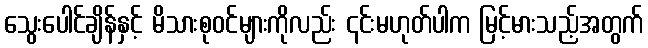
သွေးပေါင်ချိန်နှင့် မိသားစုဝင်များကိုလည်း ၎င်းမဟုတ်ပါက မြင့်မားသည့်အတွက်